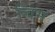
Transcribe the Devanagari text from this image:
चिम